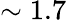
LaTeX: \sim 1.7